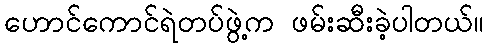
ဟောင်ကောင်ရဲတပ်ဖွဲ့က ဖမ်းဆီးခဲ့ပါတယ်။